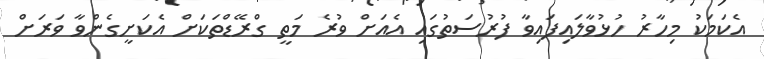
އެކަމަކު މިހާރު ހުޅުވާލައިފައިވާ ފުރުސަތުގައި އެއަށް ވުރެ މަތީ ގްރޭޑްތަކަށް އެކަށީގެންވާ ވަރަށް